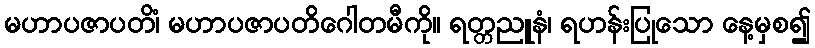
မဟာပဇာပတိံ၊ မဟာပဇာပတိဂေါတမီကို။ ရတ္တညူနံ၊ ရဟန်းပြုသော နေ့မှစ၍